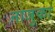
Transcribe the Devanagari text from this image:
नाजुका